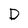
Character: D